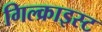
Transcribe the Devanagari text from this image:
गिल्क्राइस्ट